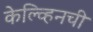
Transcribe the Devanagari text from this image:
केल्व्हिनची